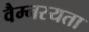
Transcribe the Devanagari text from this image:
वैम्नस्यता